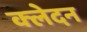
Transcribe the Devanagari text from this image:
क्‍लेदन